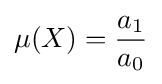
\mu (X)={\frac {a_{1}}{a_{0}}}